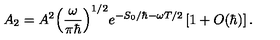
{ A _ { 2 } } = { A ^ { 2 } } { { \left( { \frac { \omega } { \pi \hbar } } \right) } ^ { 1 / 2 } } { e ^ { - { S _ { 0 } } / \hbar - \omega T / 2 } } \left[ 1 + O ( \hbar ) \right] .